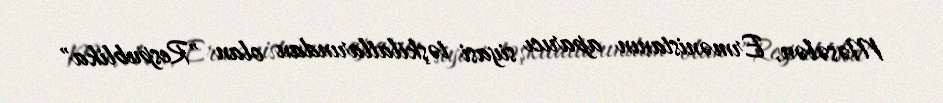
Məsələn, Ermənistanın aparıcı siyasi təşkilatlarından olan "Respublika"